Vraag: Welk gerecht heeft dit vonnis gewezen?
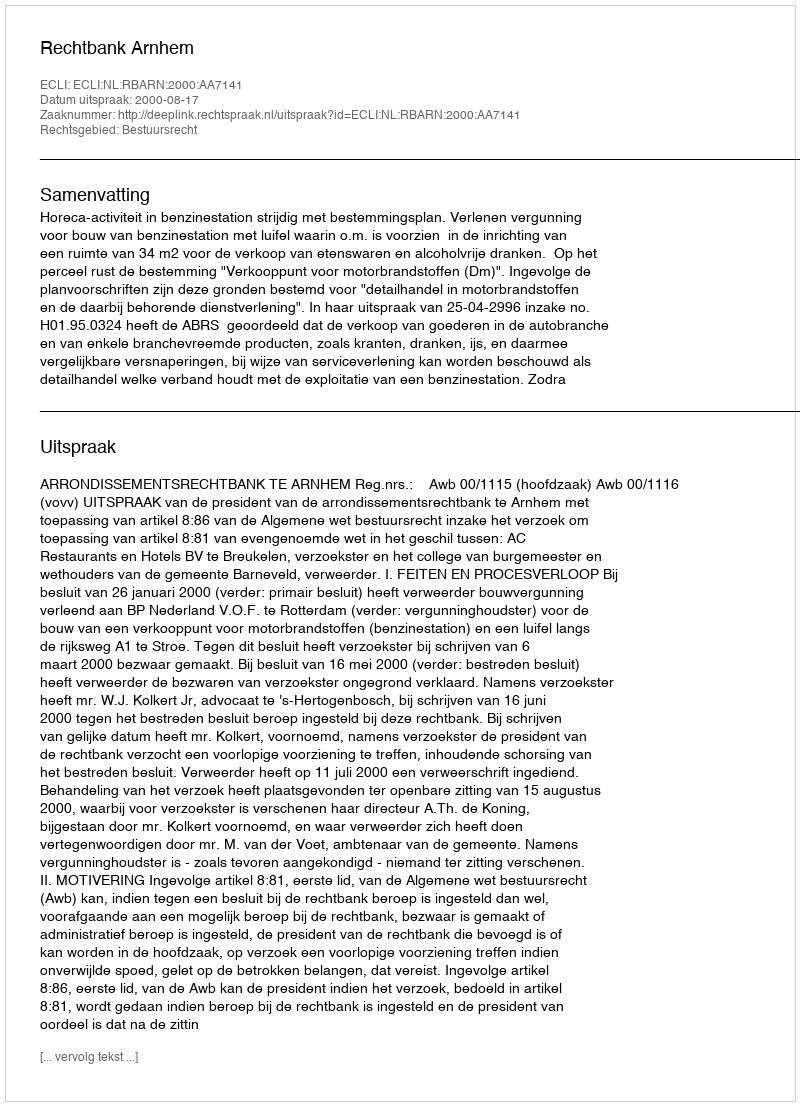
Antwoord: Rechtbank Arnhem